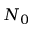
N _ { 0 }